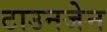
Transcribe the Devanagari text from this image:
टाउनजेन